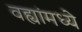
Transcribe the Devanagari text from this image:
वह्यांमध्ये